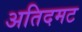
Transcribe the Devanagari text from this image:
अतिदमट